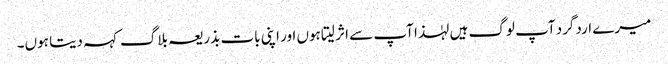
میرے اردگرد آپ لوگ ہیں لہٰذا آپ سے اثر لیتا ہوں اور اپنی بات بذریعہ بلاگ کہہ دیتا ہوں۔